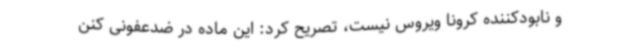
و نابودکننده کرونا ویروس نیست، تصریح کرد: این ماده در ضدعفونی کنن